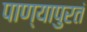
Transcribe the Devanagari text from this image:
पाण्यापुरतं